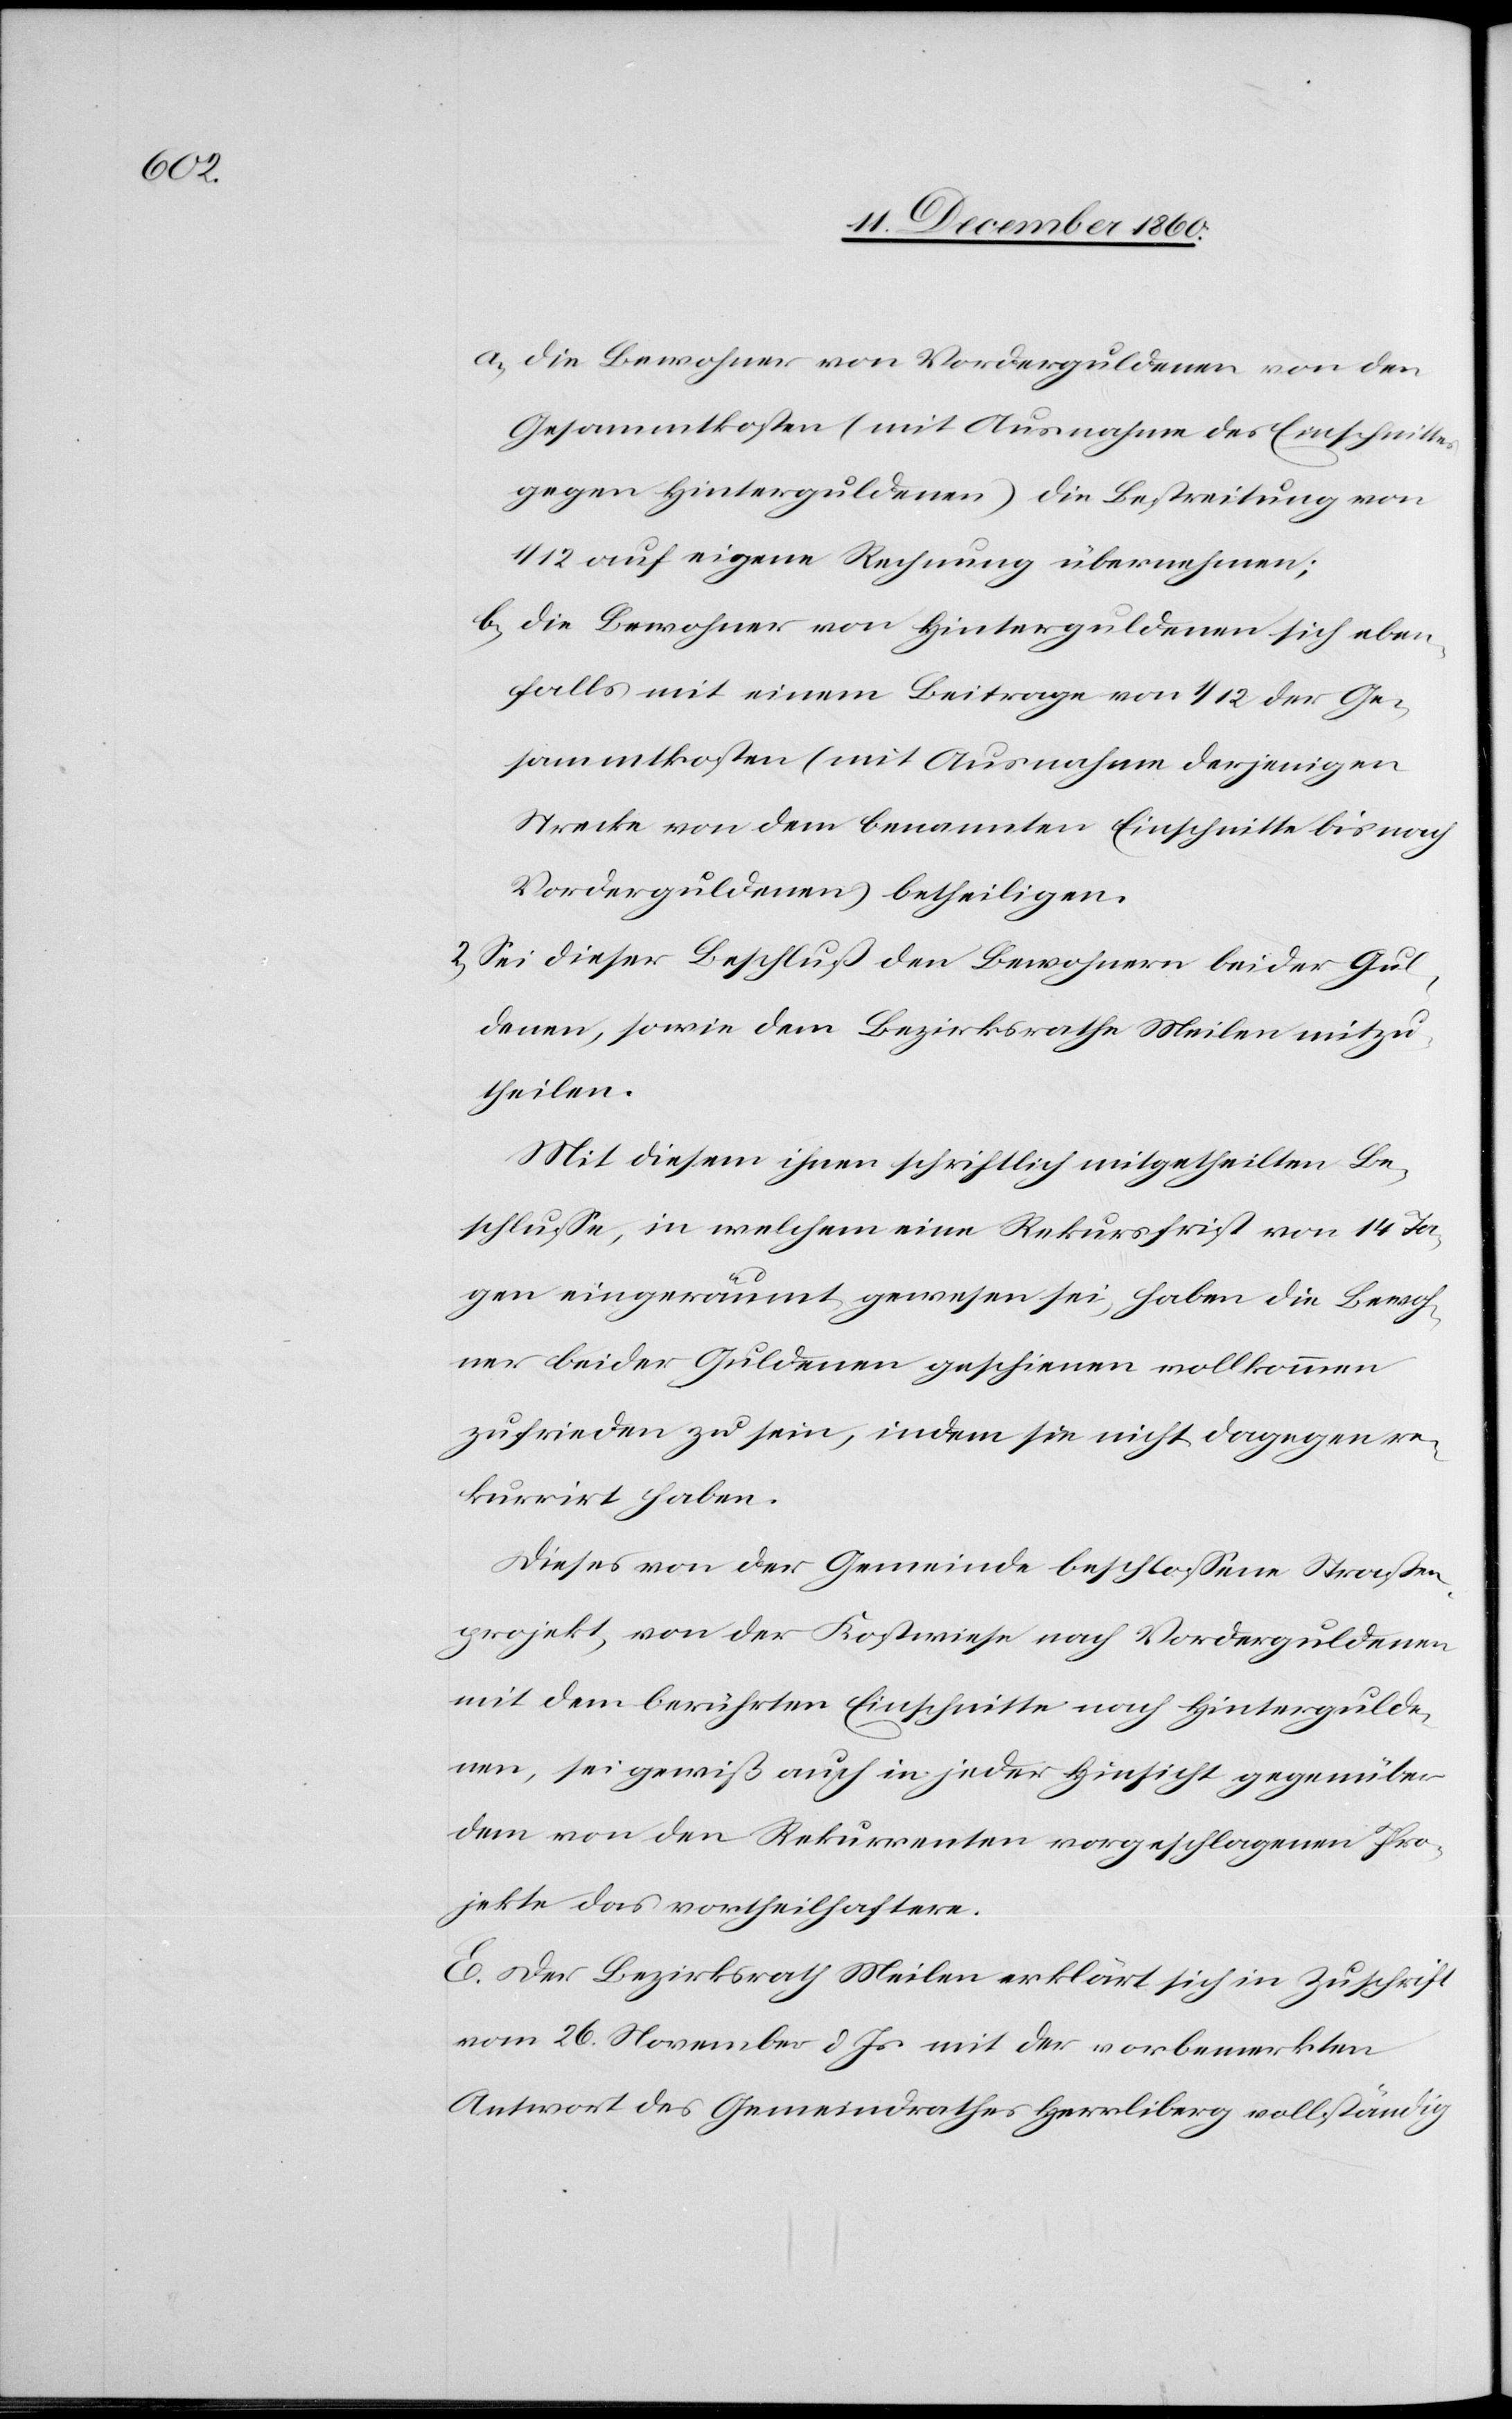
a) die Bewohner von Vorderguldenen von den
Gesammtkosten (mit Ausnahme des Einschnittes
gegen Hinterguldenen) die Bestreitung von
1/12 auf eigene Rechnung übernehmen;
b) die Bewohner von Hinterguldenen sich eben¬
falls mit einem Beitrage von 1/12 der Ge¬
sammtkosten (mit Ausnahme derjenigen
Strecke von dem benannten Einschnitte bis nach
Vorderguldenen) betheiligen.
2) Sei dieser Beschluß den Bewohnern bei der Gul¬
denen, sowie dem Bezirksrathe Meilen mitzu¬
theilen.
Mit diesem ihnen schriftlich mitgetheilten Be¬
schlusse, in welchem eine Rekursfrist von 14 Ta¬
gen eingeräumt gewesen sei, haben die Bewoh¬
ner beider Guldenen geschienen vollkommen
zufrieden zu sein, indem sie nicht dagegen re¬
kurrirt haben.
Dieses von der Gemeinde beschlossene Straßen¬
projekt, von der Kostwiese nach Vorderguldenen
mit dem berührten Einschnitte nach Hintergulde¬
nen, sei gewiß auch in jeder Hinsicht gegenüber
dem von den Rekurrenten vorgeschlagenen Pro¬
jekte das vortheilhaftere.
E. Der Bezirksrath Meilen erklärt sich in Zuschrift
vom 26. November d. Js. mit der vorbemerkten
Antwort des Gemeindrathes Herrliberg vollständig